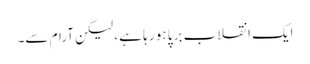
ایک انقلاب برپا ہو رہا ہے ، لیکن آرام سے۔